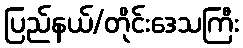
ပြည်နယ်/တိုင်းဒေသကြီး